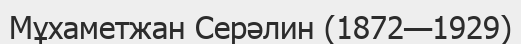
Мұхаметжан Серәлин (1872—1929)